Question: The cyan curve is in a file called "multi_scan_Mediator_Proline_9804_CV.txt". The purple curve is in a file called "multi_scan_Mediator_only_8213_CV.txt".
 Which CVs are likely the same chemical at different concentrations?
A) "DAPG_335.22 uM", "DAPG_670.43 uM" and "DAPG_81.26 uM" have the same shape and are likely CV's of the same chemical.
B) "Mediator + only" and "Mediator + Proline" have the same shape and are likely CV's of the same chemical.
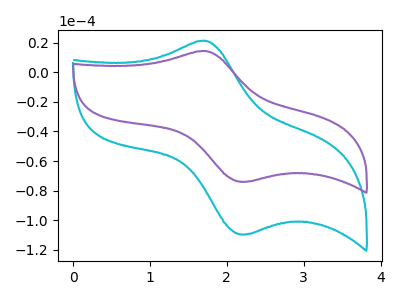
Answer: <think>The cyan curve "Mediator + Proline" has an anodic peak at (1.70V, 21.30uA) and a cathodic peak at (2.25V, -109.60uA). The purple curve "Mediator + only" has an anodic peak at (1.70V, 14.35uA) and a cathodic peak at (2.25V, -74.00uA).
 All the peaks in "Mediator + Proline" have a peak in "Mediator + only" at the same potential. Every peak in "Mediator + Proline" is higher than every peak in "Mediator + only".</think>
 <answer>B) "Mediator + only" and "Mediator + Proline" have the same shape and are likely CV's of the same chemical.</answer>
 <eval>B</eval>